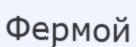
Фермой